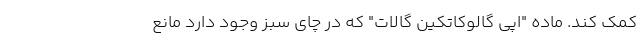
کمک کند. ماده "اپی گالوکاتکین گالات" که در چای سبز وجود دارد مانع